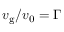
v _ { \mathrm { g } } / v _ { 0 } = \Gamma